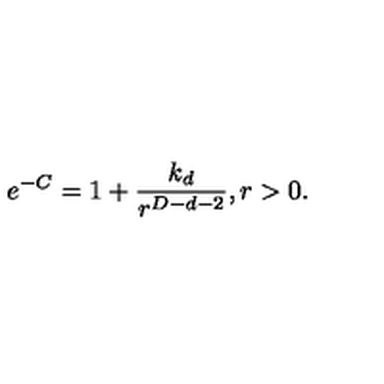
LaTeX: e ^ { - C } = 1 + \frac { k _ { d } } { r ^ { D - d - 2 } } , r > 0 .